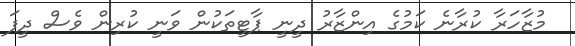
މުޒާހަރާ ކުރާނެ ކަމުގެ އިންޒާރު ދީނީ ޕާޓީތަކުން ވަނީ ކުރިން ވެސް ދީފަ